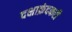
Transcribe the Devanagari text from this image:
दक्षाक्रंदकरी